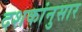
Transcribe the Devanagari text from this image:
दशकांनुसार